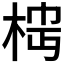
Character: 𬂷